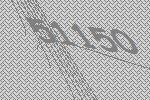
51150